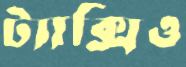
ট্যাক্সিও